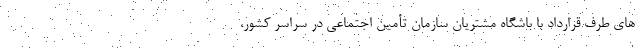
های طرف قرارداد با باشگاه مشتریان سازمان تأمین اجتماعی در سراسر کشور،